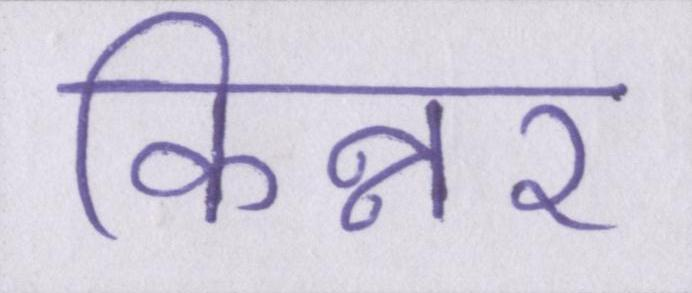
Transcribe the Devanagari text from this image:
किन्नर